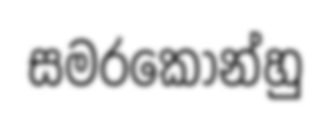
සමරකෝන්හු